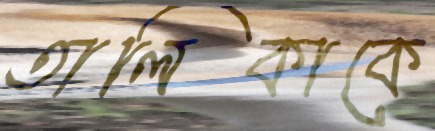
তালিকাকে